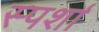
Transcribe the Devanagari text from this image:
स्पर्शा